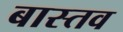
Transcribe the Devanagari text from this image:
बास्तव